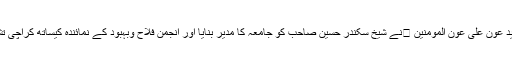
جب جامعہ کراچی محمود آباد قائم ہوئی اس وقت کے پیر طریقت الحاج سید عون علی عون المومنین نے شیخ سکندر حسین صاحب کو جامعہ کا مدیر بنایا اور انجمن فلاح وبہبود کے نمائندہ کیساتھ کراچی تشریف لائے تو جامعہ میں کوئی باقاعدہ نصاب یا تعلیمی خدوخال نہیں تھا۔